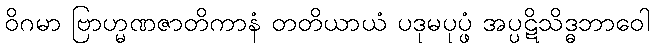
ဝိဂမာ ဗြာဟ္မဏဇာတိကာနံ တတိယာယံ ပဒုမပုပ္ဖံ အပ္ပဋိသိဒ္ဓဘာဝေါ